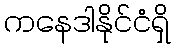
ကနေဒါနိုင်ငံရှိ